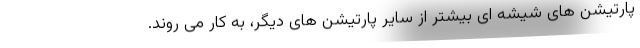
پارتیشن های شیشه ای بیشتر از سایر پارتیشن های دیگر، به کار می روند.